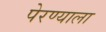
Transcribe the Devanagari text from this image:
पेरण्याला